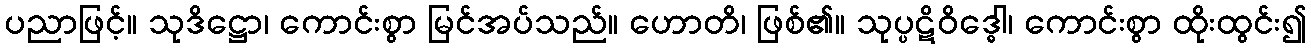
ပညာဖြင့်။ သုဒိဋ္ဌော၊ ကောင်းစွာ မြင်အပ်သည်။ ဟောတိ၊ ဖြစ်၏။ သုပ္ပဋိဝိဒ္ဓေါ၊ ကောင်းစွာ ထိုးထွင်း၍